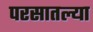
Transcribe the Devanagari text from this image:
परसातल्या